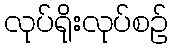
လုပ်ရိုးလုပ်စဉ်